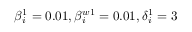
\beta _ { i } ^ { 1 } = 0 . 0 1 , \beta _ { i } ^ { w 1 } = 0 . 0 1 , \delta _ { i } ^ { 1 } = 3